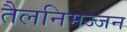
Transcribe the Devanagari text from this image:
तैलनिमज्जन